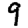
Digit: 9